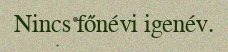
Nincs főnévi igenév.